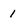
Character: 1